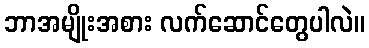
ဘာအမျိုးအစား လက်ဆောင်တွေပါလဲ။